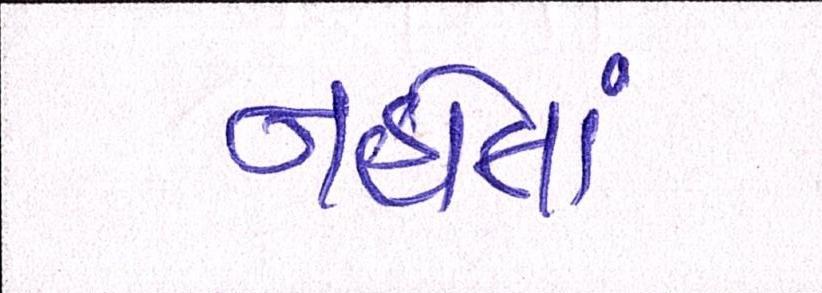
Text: નહોતાં